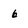
Character: 6